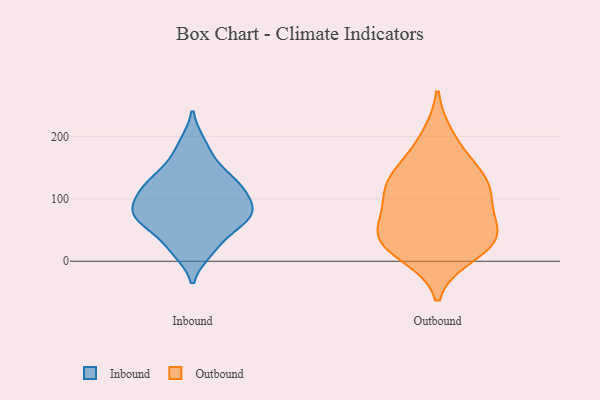
{"axis": {"x": "Operating Costs (USD K)", "y": "Value"}, "legend": ["Inbound", "Outbound"], "data": [{"x": "", "y": 90, "type": "Inbound"}, {"x": "", "y": 63, "type": "Inbound"}, {"x": "", "y": 133, "type": "Inbound"}, {"x": "", "y": 16, "type": "Inbound"}, {"x": "", "y": 121, "type": "Inbound"}, {"x": "", "y": 70, "type": "Inbound"}, {"x": "", "y": 69, "type": "Inbound"}, {"x": "", "y": 109, "type": "Inbound"}, {"x": "", "y": 25, "type": "Inbound"}, {"x": "", "y": 87, "type": "Inbound"}, {"x": "", "y": 119, "type": "Inbound"}, {"x": "", "y": 66, "type": "Inbound"}, {"x": "", "y": 189, "type": "Inbound"}, {"x": "", "y": 157, "type": "Inbound"}, {"x": "", "y": 109, "type": "Outbound"}, {"x": "", "y": 36, "type": "Outbound"}, {"x": "", "y": 12, "type": "Outbound"}, {"x": "", "y": 112, "type": "Outbound"}, {"x": "", "y": 117, "type": "Outbound"}, {"x": "", "y": 156, "type": "Outbound"}, {"x": "", "y": 33, "type": "Outbound"}, {"x": "", "y": 62, "type": "Outbound"}, {"x": "", "y": 34, "type": "Outbound"}, {"x": "", "y": 197, "type": "Outbound"}, {"x": "", "y": 46, "type": "Outbound"}, {"x": "", "y": 129, "type": "Outbound"}]}